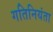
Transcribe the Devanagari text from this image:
गतिनियंता